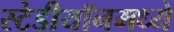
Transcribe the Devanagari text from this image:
स्टेडीयॉनमध्ये